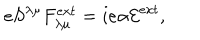
e S ^ { { \lambda } { \mu } } F _ { { \lambda } { \mu } } ^ { e x t } = i e { \alpha } { \cal E } ^ { e x t } ,